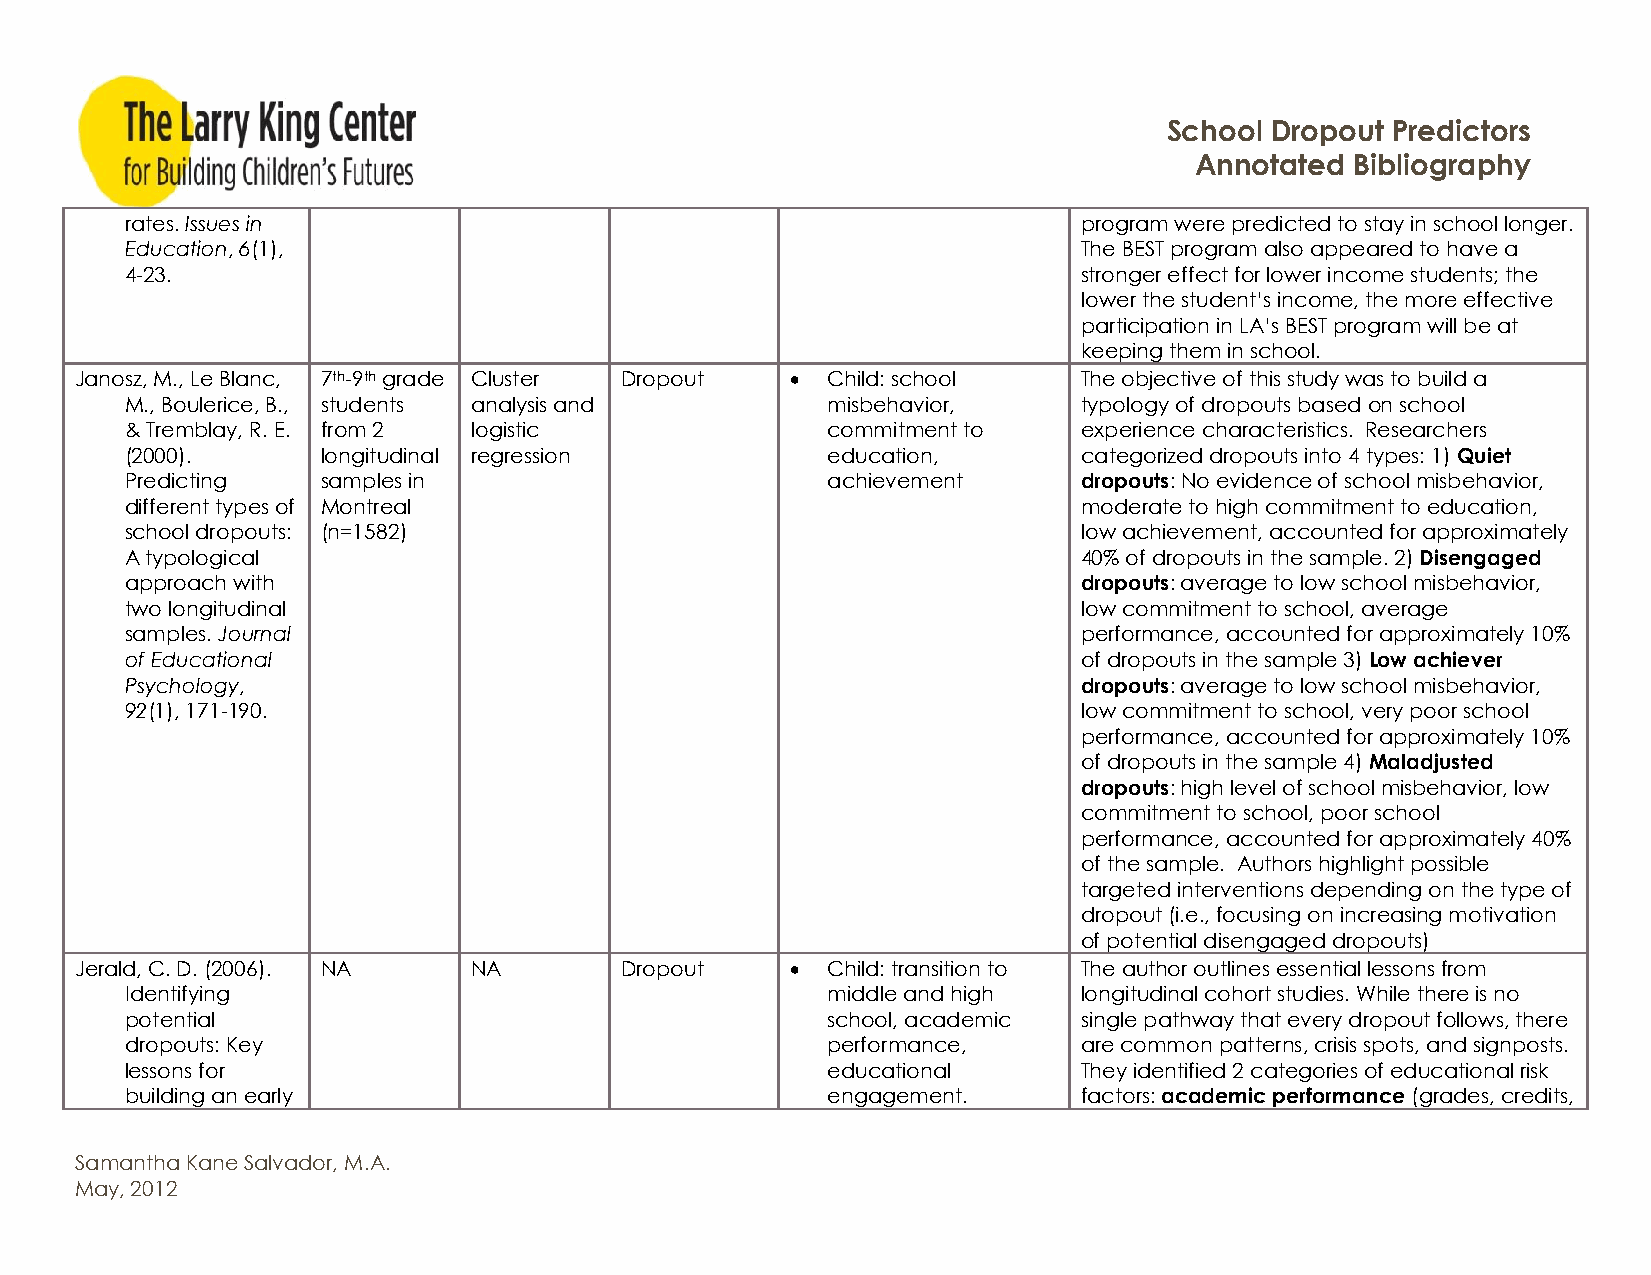
School Dropout Predictors
 Annotated  Bibliography
 rates. Issues in                                                program were predicted to stay in school longer.
 Education, 6(1),                                                The BEST program also appeared to have a
 4-23.                                                           stronger effect for lower income students; the
 lower the student’s income, the more effective
 participation in LA’s BEST program will be at
 keeping them in school.
 Janosz, M., Le Blanc, 7th-9th grade Cluster Dropout  Child: school The objective of this study was to build a
 M., Boulerice, B., students analysis and       misbehavior,     typology of dropouts based on school
 & Tremblay, R. E. from 2 logistic              commitment to    experience characteristics. Researchers
 (2000).      longitudinal regression           education,       categorized dropouts into 4 types: 1) Quiet
 Predicting   samples in                        achievement      dropouts: No evidence of school misbehavior,
 different types of Montreal                                     moderate to high commitment to education,
 school dropouts: (n=1582)                                       low achievement, accounted for approximately
 A typological                                                   40% of dropouts in the sample. 2) Disengaged
 approach with                                                   dropouts: average to low school misbehavior,
 two longitudinal                                                low commitment to school, average
 samples. Journal                                                performance, accounted for approximately 10%
 of Educational                                                  of dropouts in the sample 3) Low achiever
 Psychology,                                                     dropouts: average to low school misbehavior,
 92(1), 171-190.                                                 low commitment to school, very poor school
 performance, accounted for approximately 10%
 of dropouts in the sample 4) Maladjusted
 dropouts: high level of school misbehavior, low
 commitment to school, poor school
 performance, accounted for approximately 40%
 of the sample. Authors highlight possible
 targeted interventions depending on the type of
 dropout (i.e., focusing on increasing motivation
 of potential disengaged dropouts)
 Jerald, C. D. (2006). NA  NA        Dropout      Child: transition to The author outlines essential lessons from
 Identifying                                    middle and high  longitudinal cohort studies. While there is no
 potential                                      school, academic single pathway that every dropout follows, there
 dropouts: Key                                  performance,     are common patterns, crisis spots, and signposts.
 lessons for                                    educational      They identified 2 categories of educational risk
 building an early                              engagement.      factors: academic performance (grades, credits,
 Samantha Kane Salvador, M.A.
 May, 2012